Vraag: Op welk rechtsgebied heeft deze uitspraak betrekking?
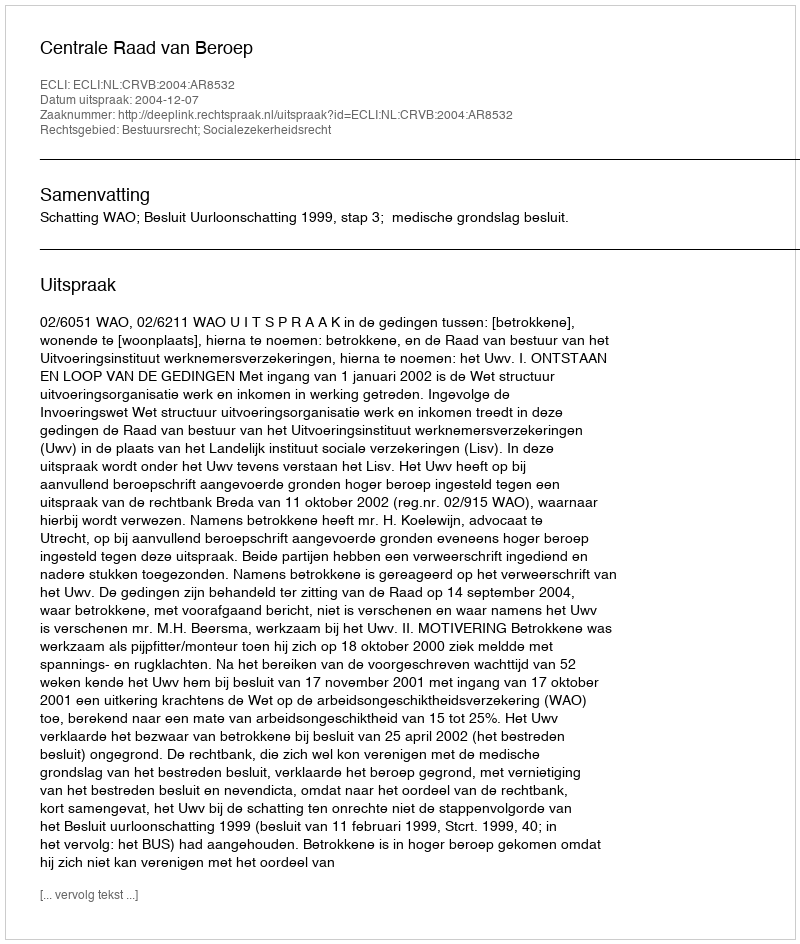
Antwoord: Bestuursrecht; Socialezekerheidsrecht